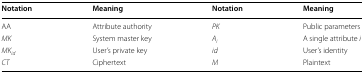
<table><thead><tr><td><b>Notation</b></td><td><b>Meaning</b></td><td><b>Notation</b></td><td><b>Meaning</b></td></tr></thead><tbody><tr><td>AA</td><td>Attribute authority</td><td><i>PK</i></td><td>Public parameters</td></tr><tr><td><i>MK</i></td><td>System master key</td><td><i>A</i><sub><i>i</i></sub></td><td>A single attribute <i>i</i></td></tr><tr><td><i>MK</i><sub><i>id</i></sub></td><td>User’s private key</td><td><i>id</i></td><td>User’s identity</td></tr><tr><td><i>CT</i></td><td>Ciphertext</td><td><i>M</i></td><td>Plaintext</td></tr></tbody></table>